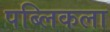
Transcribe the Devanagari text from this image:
पब्लिकला